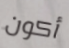
أكون